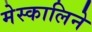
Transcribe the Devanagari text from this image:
मेस्कालिने